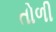
તોળી